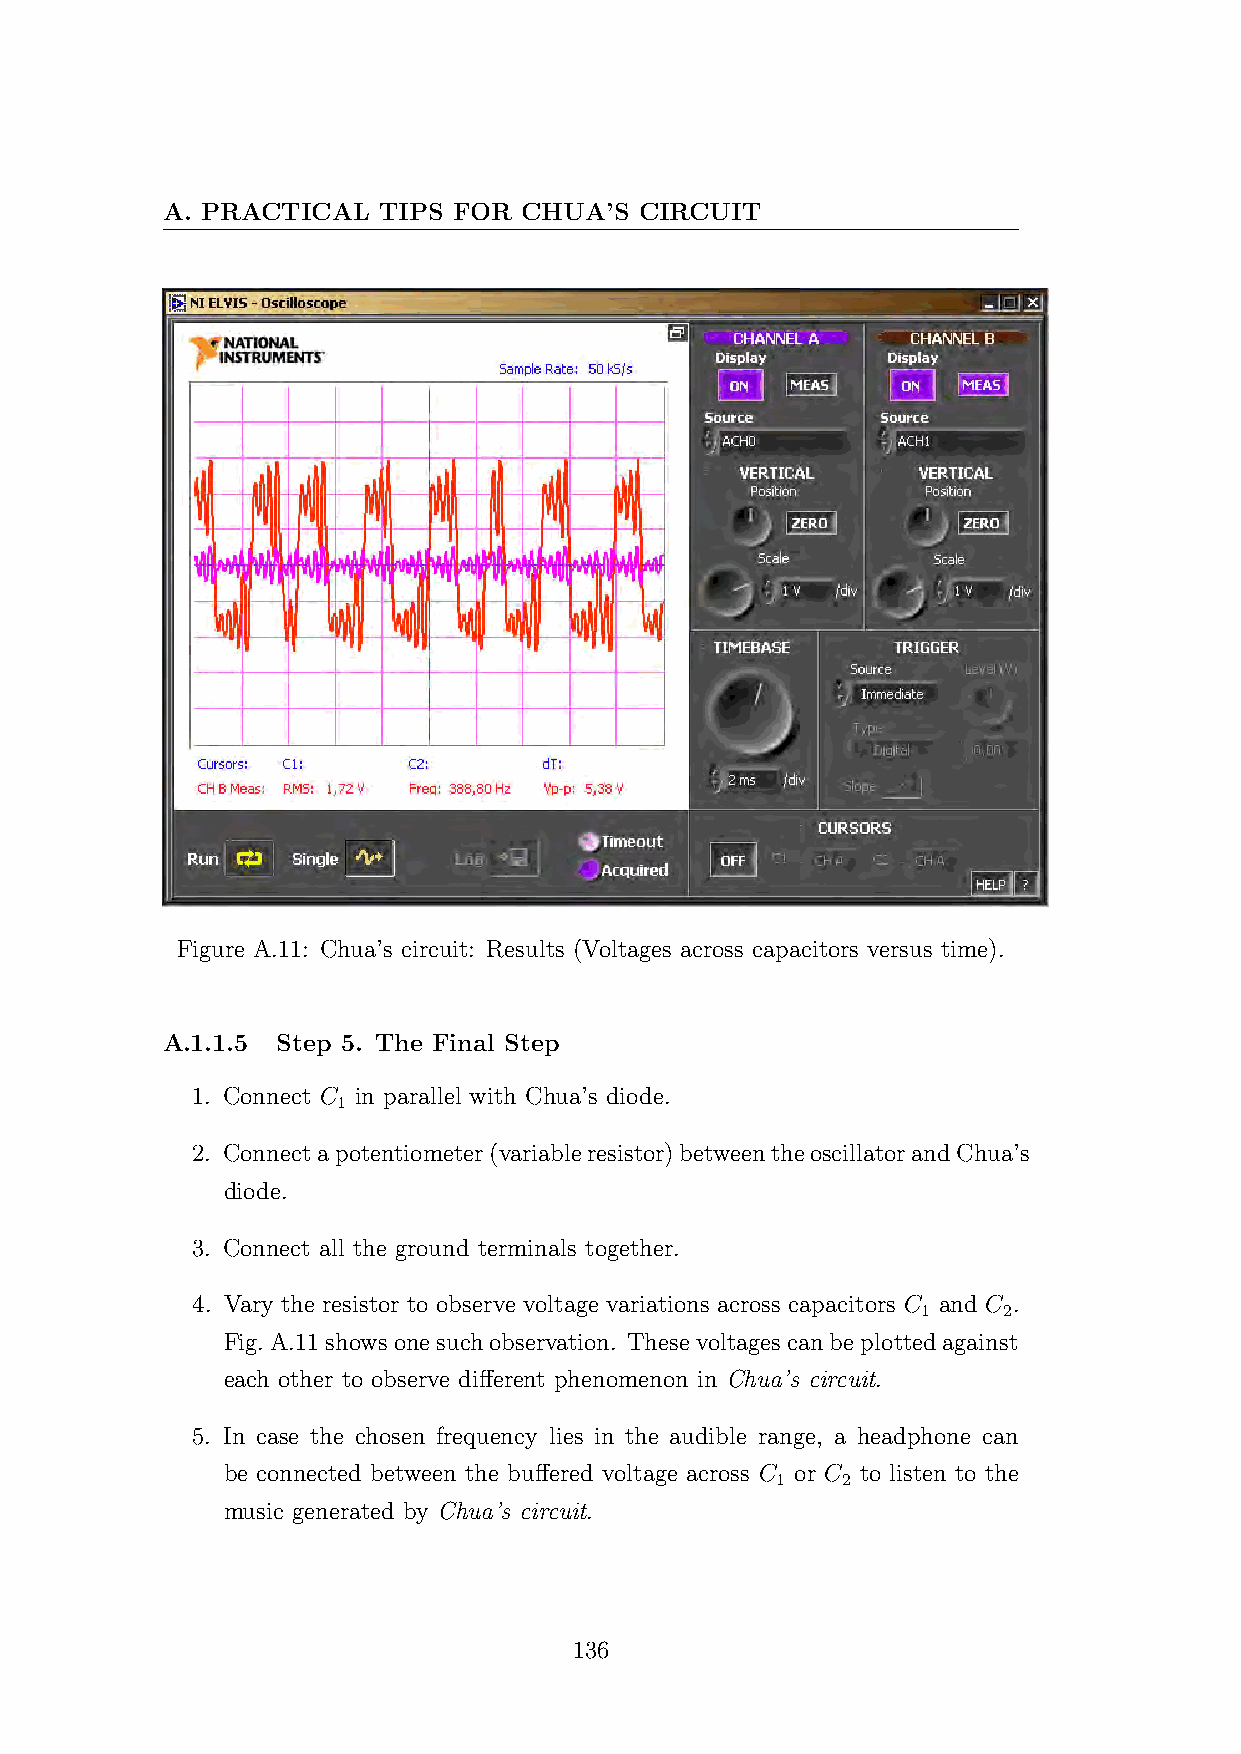
A. PRACTICAL  TIPS FOR CHUA’S  CIRCUIT
 Figure A.11: Chua’s circuit: Results (Voltages across capacitors versus time).
 A.1.1.5 Step 5. The Final Step
 1. Connect C in parallel with Chua’s diode.
 1
 2. Connectapotentiometer(variableresistor)betweentheoscillatorandChua’s
 diode.
 3. Connect all the ground terminals together.
 4. Vary the resistor to observe voltage variations across capacitors C and C .
 1    2
 Fig.A.11showsonesuchobservation. Thesevoltagescanbeplottedagainst
 each other to observe different phenomenon in Chua’s circuit.
 5. In case the chosen frequency lies in the audible range, a headphone can
 be connected between the buffered voltage across C or C to listen to the
 1    2
 music generated by Chua’s circuit.
 136